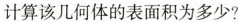
计算该几何体的表面积为多少?